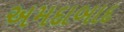
અમદાબાદ